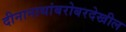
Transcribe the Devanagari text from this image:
दीनानाथांबरोबरदेखील